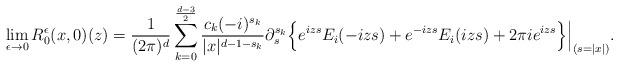
LaTeX: \begin{align*} \lim_{\epsilon \to 0} R^{\epsilon}_0(x,0)(z) = \frac{1}{ ( 2 \pi)^d} \sum_{k=0}^{\frac{d-3}{2}} \frac{ c_k (-i)^{s_k}}{ |x|^{d-1-s_k}} \partial_s^{s_k} \Big\{ e^{izs} E_i(- izs) + e^{-izs} E_i( izs) + 2 \pi i e^{iz s} \Big\}\Big|_{(s=|x|)}. \end{align*}